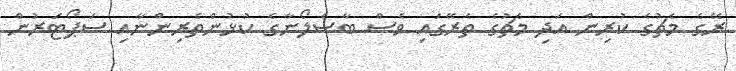
ރޭގެ މެޗުގެ ކުރިން އަދި މެޗުގެ ތެރޭގައި ވެސް ބާސެލޯނާގެ ކުޅުންތެރިންނާއި ސަޕޯޓަރުން